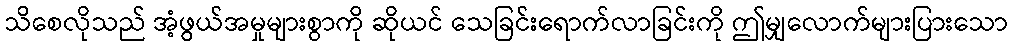
သိစေလိုသည် အံ့ဖွယ်အမှုများစွာကို ဆိုယင် သေခြင်းရောက်လာခြင်းကို ဤမျှလောက်များပြားသော